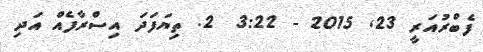
ފެބްރުއަރީ 23